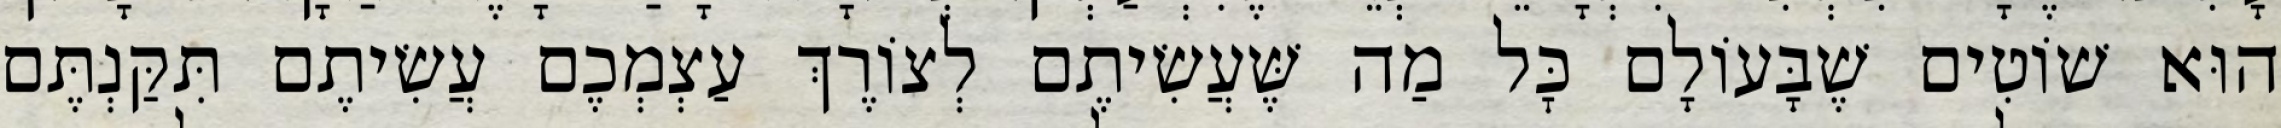
הוּא שׁוֹטִים שֶׁבָּעוֹלָם כׇּל מַה שֶּׁעֲשִׂיתֶם לְצוֹרֶךְ עַצְמְכֶם עֲשִׂיתֶם תִּקַּנְתֶּם